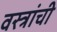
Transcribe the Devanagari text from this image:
वस्त्रांची